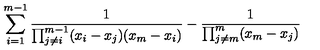
\sum _ { i = 1 } ^ { m - 1 } \frac { 1 } { \prod _ { j \neq i } ^ { m - 1 } ( x _ { i } - x _ { j } ) ( x _ { m } - x _ { i } ) } - \frac { 1 } { \prod _ { j \neq m } ^ { m } ( x _ { m } - x _ { j } ) }